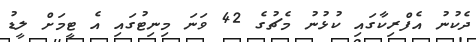
ދެކުނު އެފްރިކާގައި ކުޅުނު މެޗުގެ 42 ވަނަ މިނިޓުގައި އެ ޓީމަށް ލީޑު